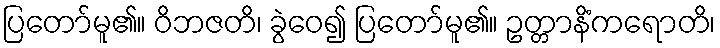
ပြတော်မူ၏။ ဝိဘဇတိ၊ ခွဲဝေ၍ ပြတော်မူ၏။ ဥတ္တာနိံကရောတိ၊